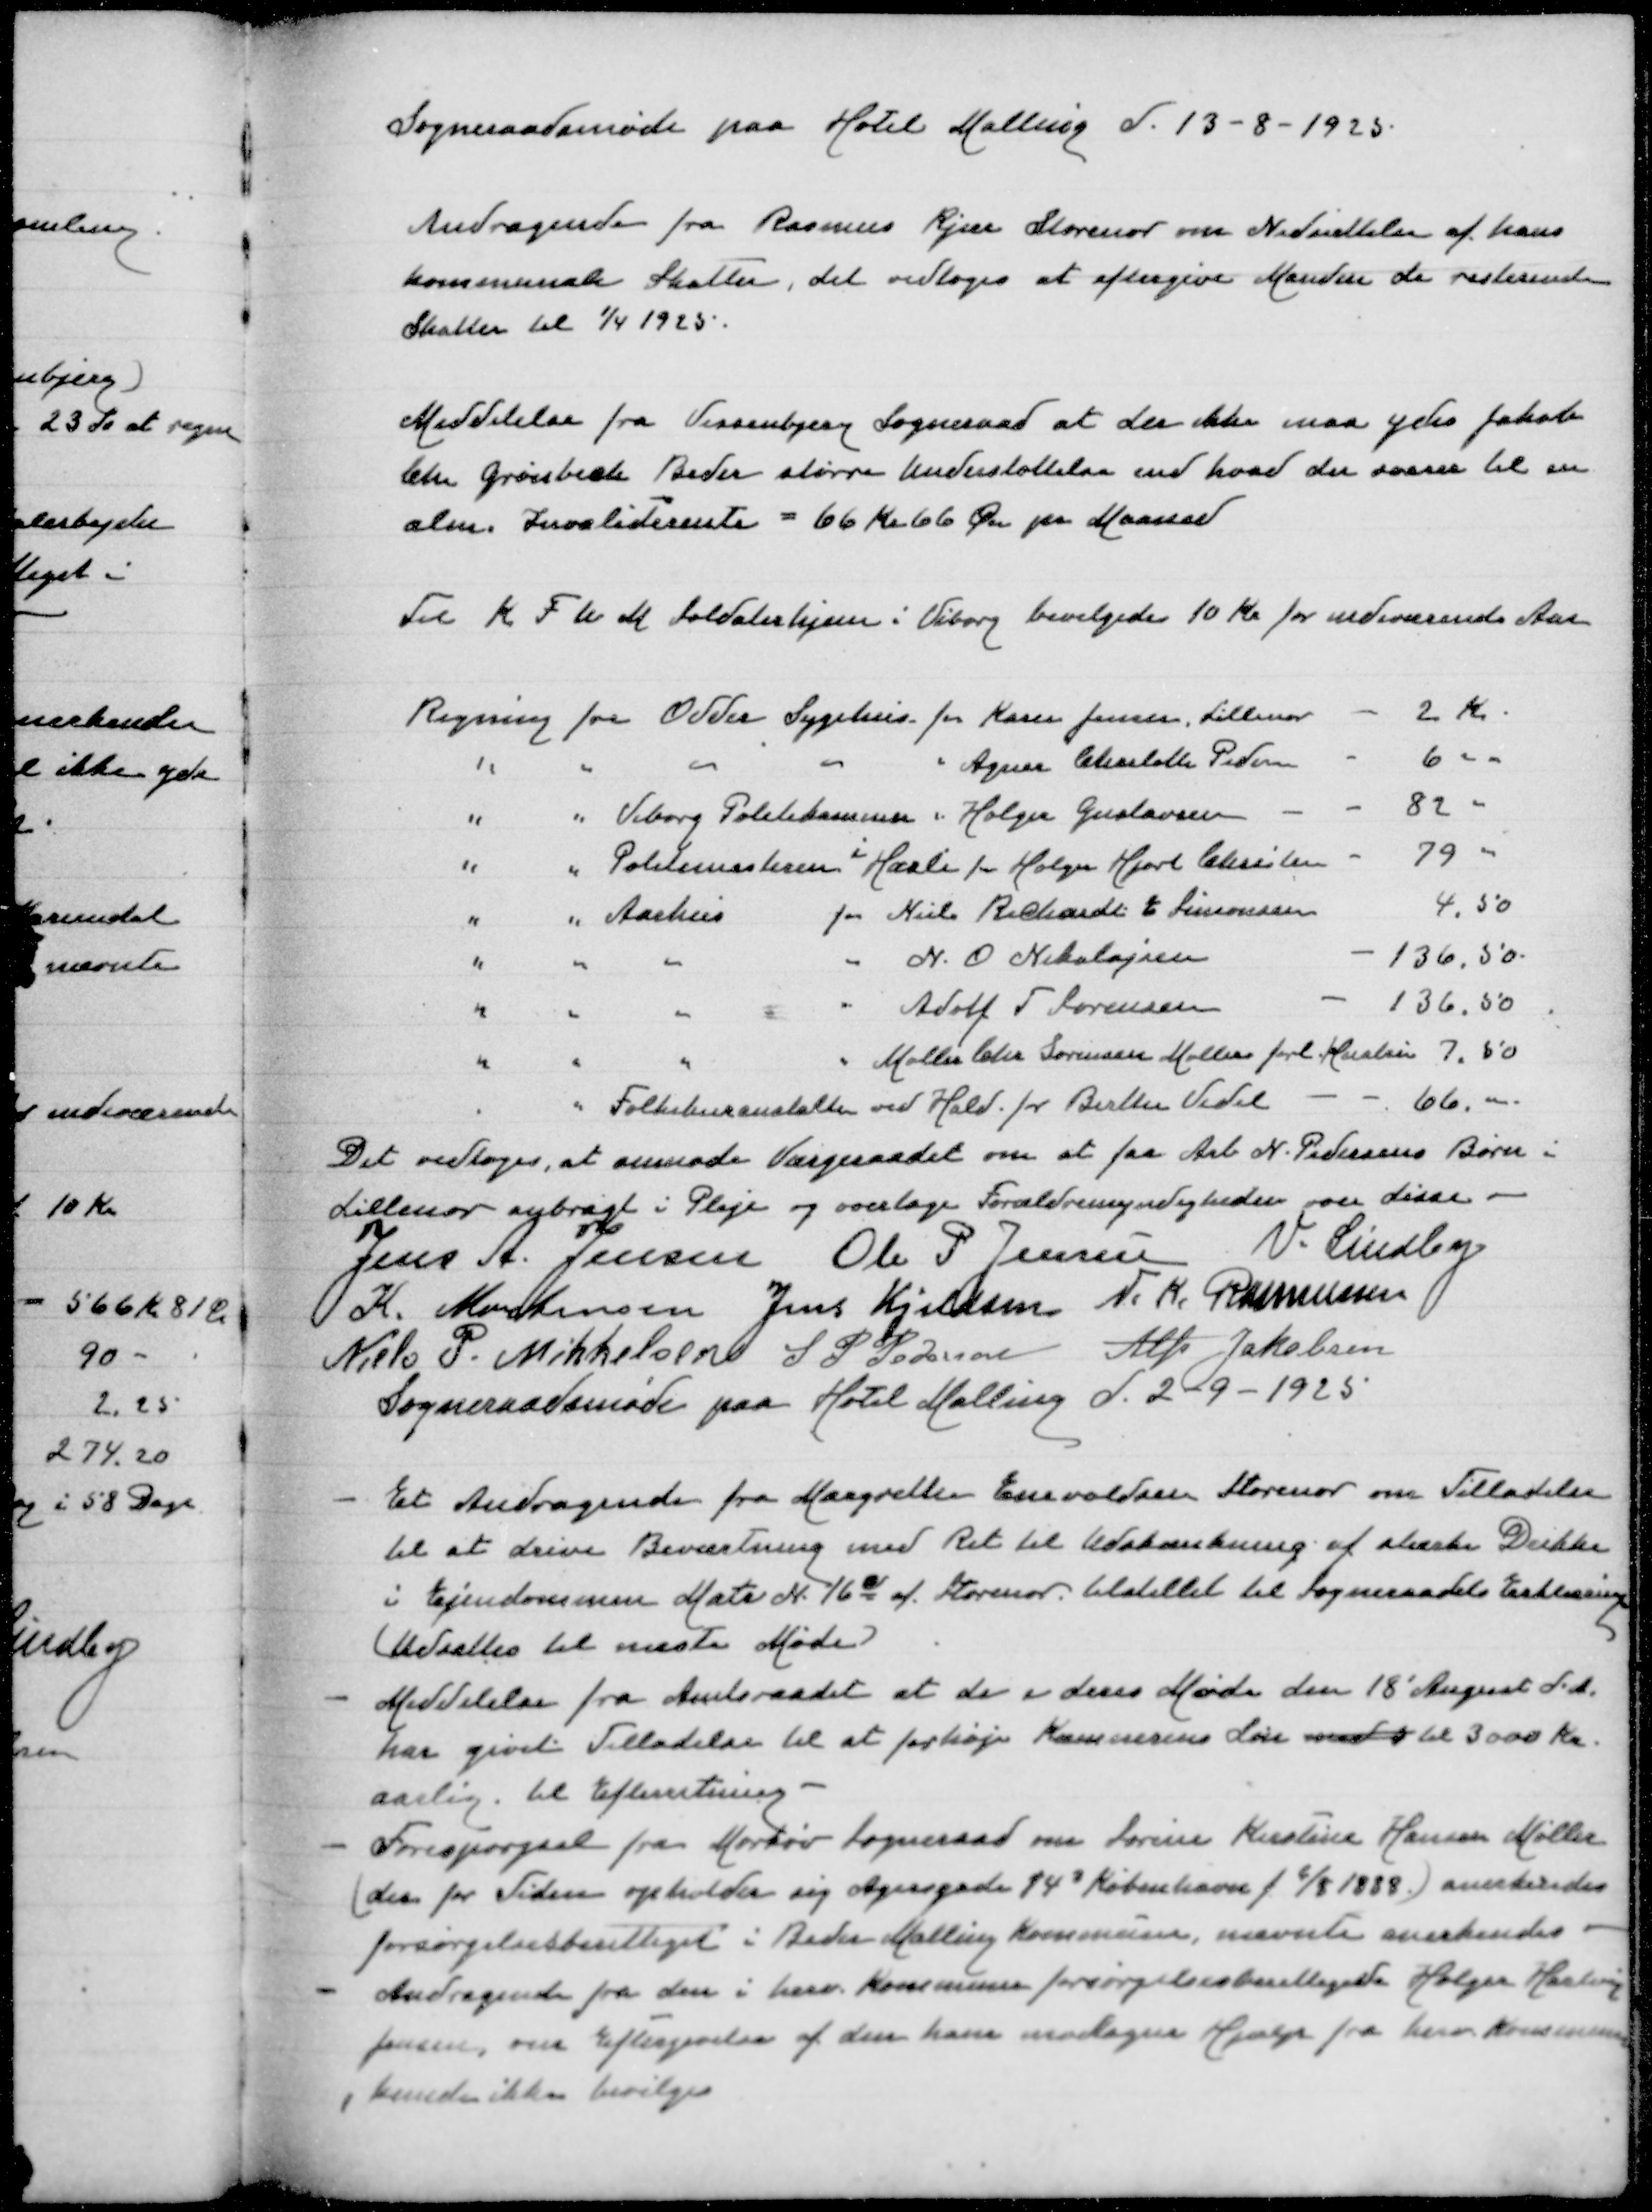
Transskription:
Sogneraadsmøde paa Hotel Malling d 13-8-1925

Andragende fra Rasmus Kjær Storenor om Nedsættelse af hans
kommunale Skatter, det vedtoges at eftergive Manden de resterende
Skatter til 1/4 1925

Meddelelse fra Vissenbjerg Sogneraad at der ikke maa ydes Jakob
Chr Grønbæk Beder større Understøttelse end hvad der svarer til en
alm Invaliderente = 66 Kr 66 Øre pr Maaned

Til K F U M Soldaterhjem i Viborg bevilgedes 10 Kr for indeværende Aar

Regning fra Odder Sygehus for Karen Jensen Lillenor
2 Kr
" " " " " Agnes Charlotte Pedersen
6
" " Viborg Politikammer " Holger Gustavsen
82
i
" " Politimesteren Hasle for Holger Hjort Christen
79
" " Aarhus for Niels Richardt E Simonsen
4,50
" " " " N O Nikolajsen
136,50
" " " " Adolf T Sørensen
136,50
" " " " Møller Chr Sørensen Møller forl Hustru
7,50
" " Folkekuranstalten ved Hald for Birthe Vedel
66,00

Det vedtoges, at anmode Værgeraadet om at faa N Pedersens Børn i
Lillenor anbragt i Pleje og overtage Forældremyndigheden over disse
Jens A Jensen
Ole P Jensen
V Lindby
K Mortensen
Jens Kjeldsen
N K Rasmussen
Niels P Mikkelsen
S P Pedersen
Alfr Jacobsen
Sogneraadsmøde paa Hotel Malling d 2-9-1925

- Et ndragende fra Margrethe Enevoldsen Storenor om Tilladelse
til at drive Beværtning med Ret til Udskænkning af stærke Drikke
i Ejendommen Matr N 16c af Storenor tilstillet til Sogneraadets Erklæring
(Udsattes til næste Møde)
- Meddelelse ra Amtsraadet at de i deres Møde den 18' August d A
har givet Tilladelse til at forhøje Kæmnerens Løn med 3 til 3000 Kr
aarlig, til Efterretning
- Forespørgsel fra Mørkøv Sogneraad om Sørine Kirstine Hansen Møller
(der for Tiden opholder sig Agersgade 143 København f 6/8 1888) anerkendes
forsørgelsesberettiget i Beder Malling Kommune, nævnte anerkendes
- Andragende fra den i herv Kommune forsørgelsesberettigede Holger Hasting
Jensen, om Eftergivelse af den ham modtagne Hjælp fra herv Kommune
, kunde ikke bevilges